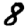
Digit: 8